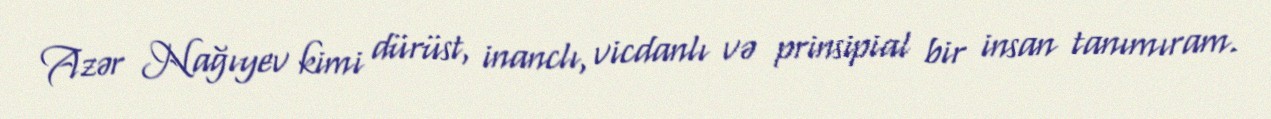
Azər Nağıyev kimi dürüst, inanclı, vicdanlı və prinsipial bir insan tanımıram.